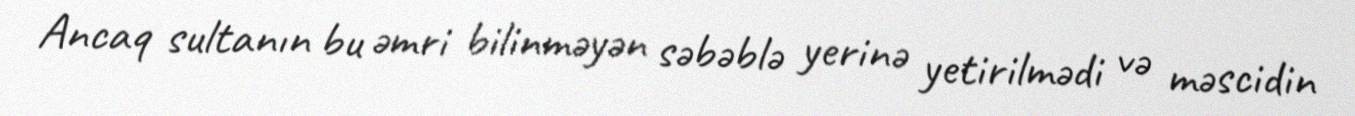
Ancaq sultanın bu əmri bilinməyən səbəblə yerinə yetirilmədi və məscidin